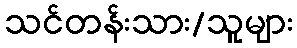
သင်တန်းသား/သူများ